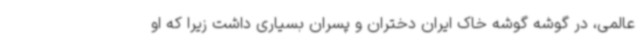
عالمی، در گوشه گوشه خاک ایران دختران و پسران بسیاری داشت زیرا که او